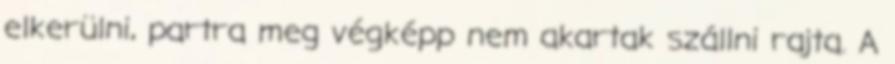
elkerülni, partra meg végképp nem akartak szállni rajta. A